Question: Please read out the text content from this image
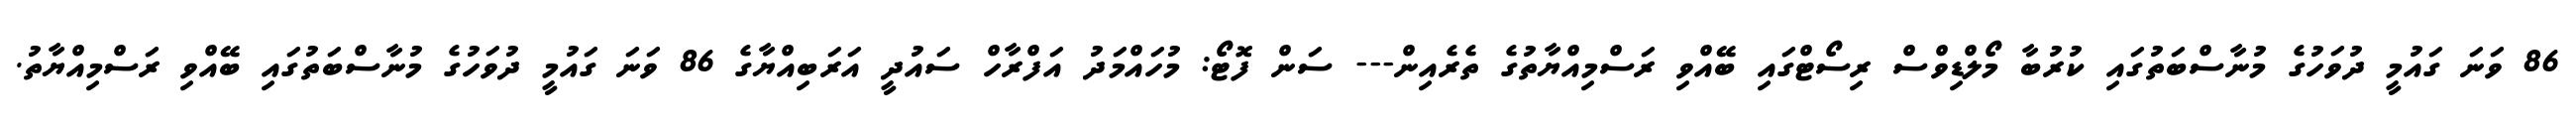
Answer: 86 ވަނަ ގައުމީ ދުވަހުގެ މުނާސްބަތުގައި ކުރުބާ މޯލްޑިވްސް ރިސޯޓްގައި ބޭއްވި ރަސްމިއްޔާތުގެ ތެރެއިން--- ސަން ފޮޓޯ: މުހައްމަދު އަފްރާހް ސައުދީ އަރަބިއްޔާގެ 86 ވަނަ ގައުމީ ދުވަހުގެ މުނާސްބަތުގައި ބޭއްވި ރަސްމިއްޔާތު.